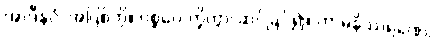
အာဒီနဝံ၊ အပြစ်ကို။ ပစ္စဝေ-က္ခိတွာ၊ ဆင်ခြင်၍။ ကာမနိဿရဏေ၊